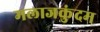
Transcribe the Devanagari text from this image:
मलाजकुंदम